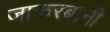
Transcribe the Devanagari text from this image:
जाफरबानी